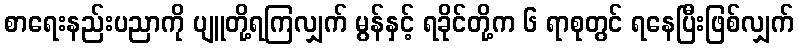
စာရေးနည်းပညာကို ပျူတို့ရကြလျှက် မွန်နှင့် ရခိုင်တို့က ၆ ရာစုတွင် ရနေပြီးဖြစ်လျှက်